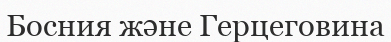
Босния және Герцеговина